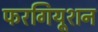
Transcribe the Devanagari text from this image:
फरगियूशन